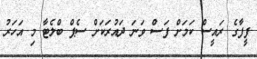
ފީފާގެ ރައީސް ކަމަށް ފަސް ވަނަ ދައުރަކަށް ސެޕް ބްލެޓާ މި އަހަރު